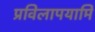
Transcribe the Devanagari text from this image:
प्रविलापयामि